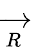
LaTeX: \xrightarrow[{R}]{}